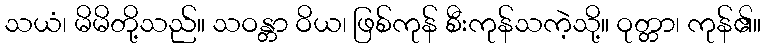
သယံ၊ မိမိတို့သည်။ သဝန္တာ ဝိယ၊ ဖြစ်ကုန် စီးကုန်သကဲ့သို့။ ဝုတ္တာ၊ ကုန်၏။